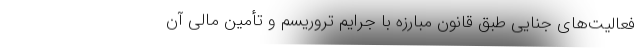
فعالیت‌های جنایی طبق قانون مبارزه با جرایم تروریسم و تأمین مالی آن